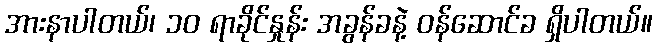
အားနာပါတယ်၊ ၁၀ ရာခိုင်နှုန်း အခွန်ခနဲ့ ဝန်ဆောင်ခ ရှိပါတယ်။